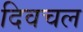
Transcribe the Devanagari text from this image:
दिवचल